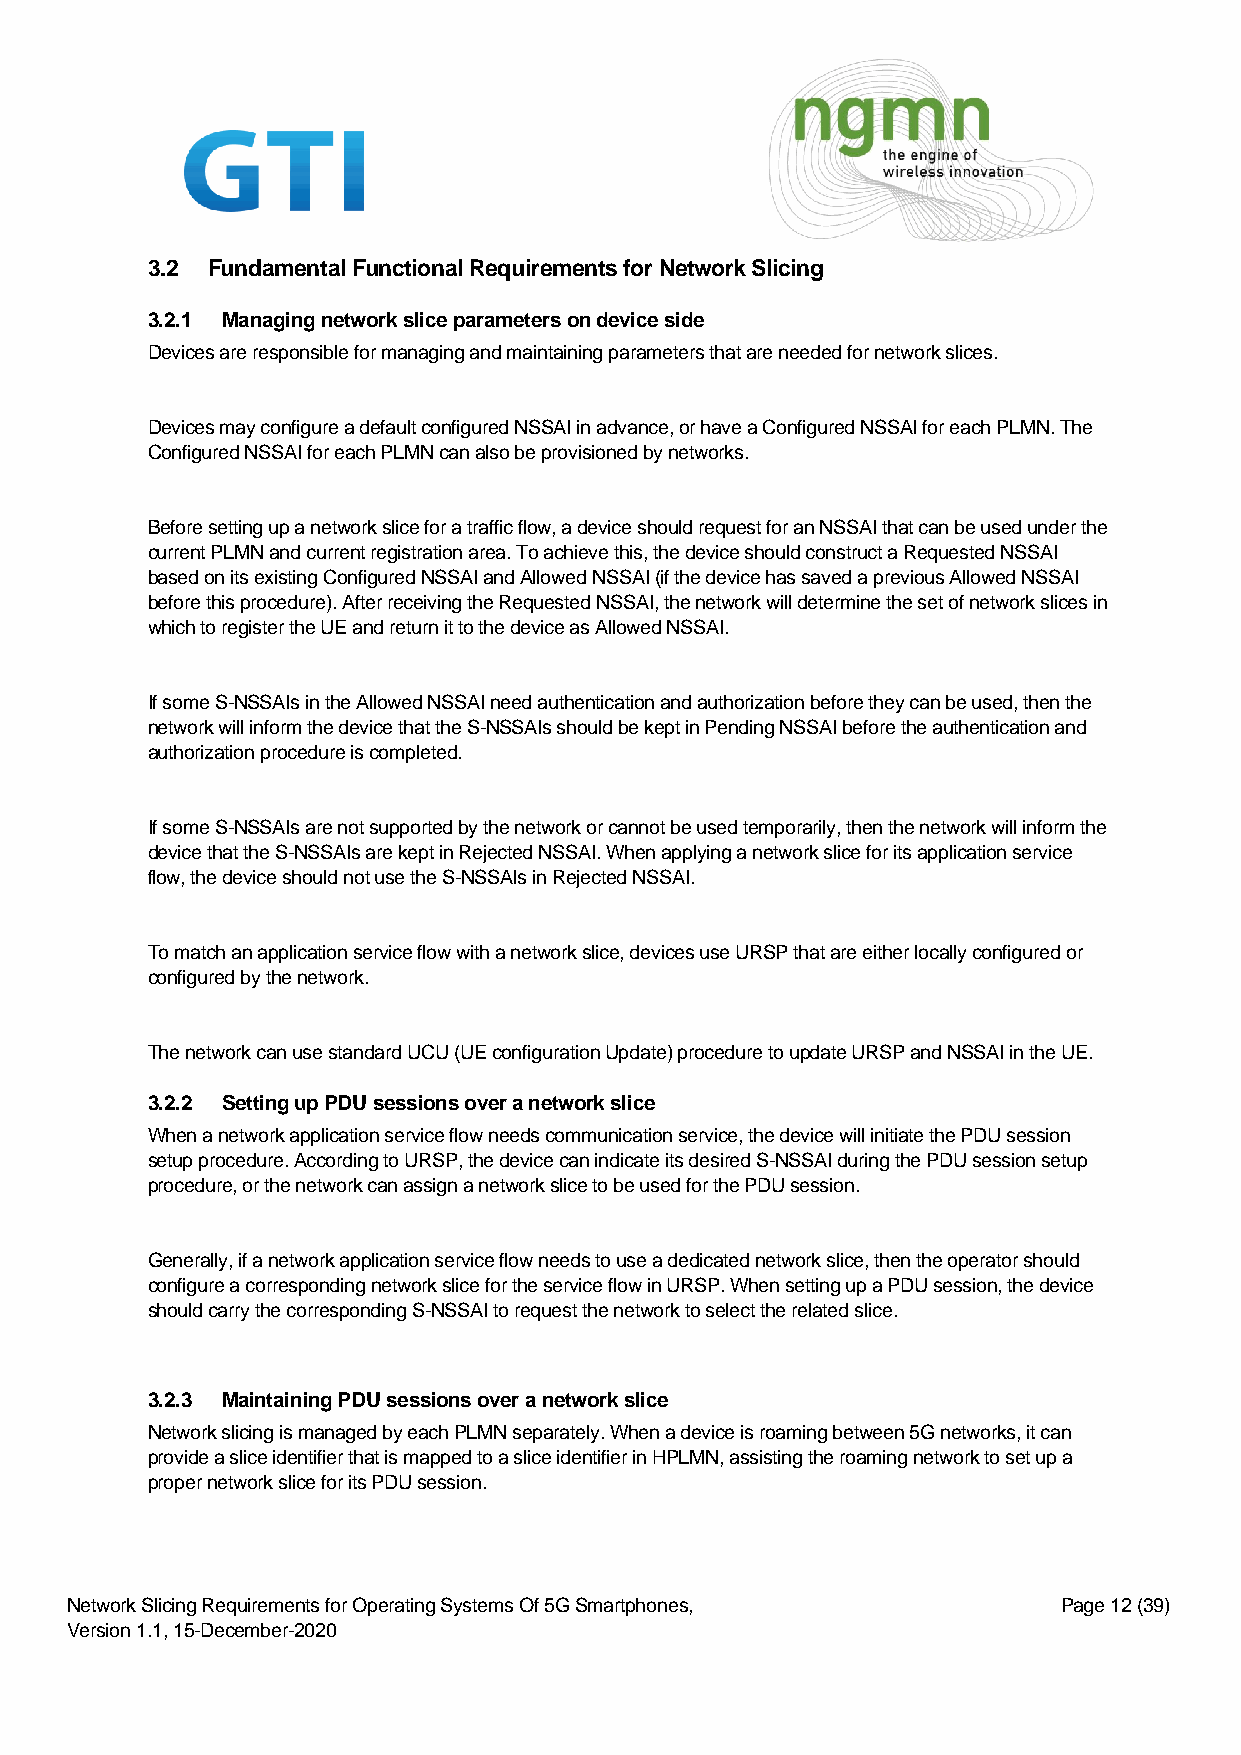
3.2 Fundamental Functional Requirements for Network Slicing
 3.2.1 Managing network slice parameters on device side
 Devices are responsible for managing and maintaining parameters that are needed for network slices.
 Devices may configure a default configured NSSAI in advance, or have a Configured NSSAI for each PLMN. The
 Configured NSSAI for each PLMN can also be provisioned by networks.
 Before setting up a network slice for a traffic flow, a device should request for an NSSAI that can be used under the
 current PLMN and current registration area. To achieve this, the device should construct a Requested NSSAI
 based on its existing Configured NSSAI and Allowed NSSAI (if the device has saved a previous Allowed NSSAI
 before this procedure). After receiving the Requested NSSAI, the network will determine the set of network slices in
 which to register the UE and return it to the device as Allowed NSSAI.
 If some S-NSSAIs in the Allowed NSSAI need authentication and authorization before they can be used, then the
 network will inform the device that the S-NSSAIs should be kept in Pending NSSAI before the authentication and
 authorization procedure is completed.
 If some S-NSSAIs are not supported by the network or cannot be used temporarily, then the network will inform the
 device that the S-NSSAIs are kept in Rejected NSSAI. When applying a network slice for its application service
 flow, the device should not use the S-NSSAIs in Rejected NSSAI.
 To match an application service flow with a network slice, devices use URSP that are either locally configured or
 configured by the network.
 The network can use standard UCU (UE configuration Update) procedure to update URSP and NSSAI in the UE.
 3.2.2 Setting up PDU sessions over a network slice
 When a network application service flow needs communication service, the device will initiate the PDU session
 setup procedure. According to URSP, the device can indicate its desired S-NSSAI during the PDU session setup
 procedure, or the network can assign a network slice to be used for the PDU session.
 Generally, if a network application service flow needs to use a dedicated network slice, then the operator should
 configure a corresponding network slice for the service flow in URSP. When setting up a PDU session, the device
 should carry the corresponding S-NSSAI to request the network to select the related slice.
 3.2.3 Maintaining PDU sessions over a network slice
 Network slicing is managed by each PLMN separately. When a device is roaming between 5G networks, it can
 provide a slice identifier that is mapped to a slice identifier in HPLMN, assisting the roaming network to set up a
 proper network slice for its PDU session.
 Network Slicing Requirements for Operating Systems Of 5G Smartphones, Page 12 (39)
 Version 1.1, 15-December-2020